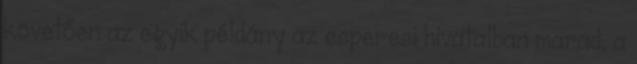
követően az egyik példány az esperesi hivatalban marad, a